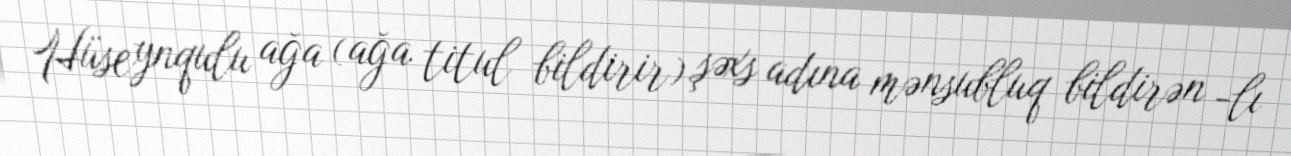
Hüseynqulu ağa (ağa titul bildirir) şəxs adına mənsubluq bildirən -lı